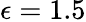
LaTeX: \epsilon=1.5